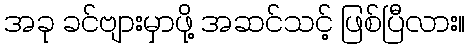
အခု ခင်ဗျားမှာဖို့ အဆင်သင့် ဖြစ်ပြီလား။